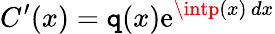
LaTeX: C^{\prime}(x)=\mathtt{q}(x)\mathrm{e}^{\intp(x)\, dx}